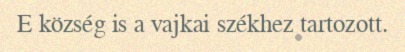
E község is a vajkai székhez tartozott.